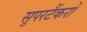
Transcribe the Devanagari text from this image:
सुपरटैंकरों